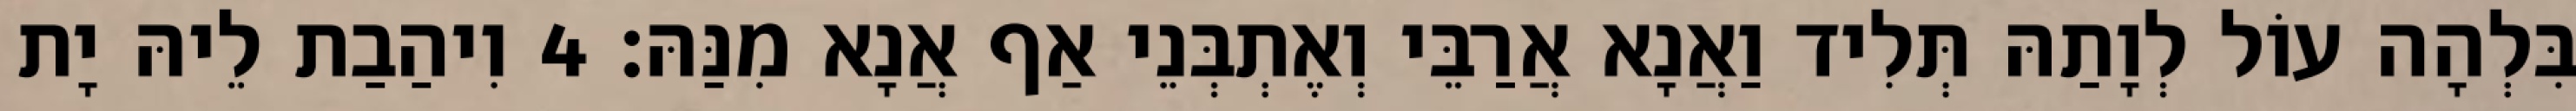
בִּלְהָה עוֹל לְוָתַהּ תְּלִיד וַאֲנָא אֲרַבֵּי וְאֶתְבְּנֵי אַף אֲנָא מִנַּהּ׃ 4 וִיהַבַת לֵיהּ יָת